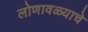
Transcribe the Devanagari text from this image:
लोणावळ्याचे